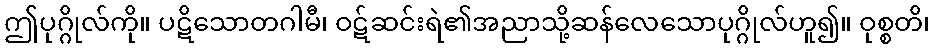
ဤပုဂ္ဂိုလ်ကို။ ပဋိသောတဂါမီ၊ ဝဋ်ဆင်းရဲ၏အညာသို့ဆန်လေသောပုဂ္ဂိုလ်ဟူ၍။ ဝုစ္စတိ၊